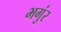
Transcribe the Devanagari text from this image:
भगुंर